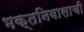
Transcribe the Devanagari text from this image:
भक्तनिवासाची